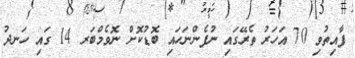
ފާއިތުވި 70 އަހަރު ތެރޭގައި ނުފެންނަހައި ބޮޑުކޮށް ނޮވެމްބަރ 14 ގައި ހަނދު